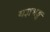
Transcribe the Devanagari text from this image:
यज्ञभङ्ग